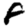
Digit: 8